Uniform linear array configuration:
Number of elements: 16
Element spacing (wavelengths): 1
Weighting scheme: hamming
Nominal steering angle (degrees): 30
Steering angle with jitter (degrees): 28.092
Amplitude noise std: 0.05
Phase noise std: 0.05

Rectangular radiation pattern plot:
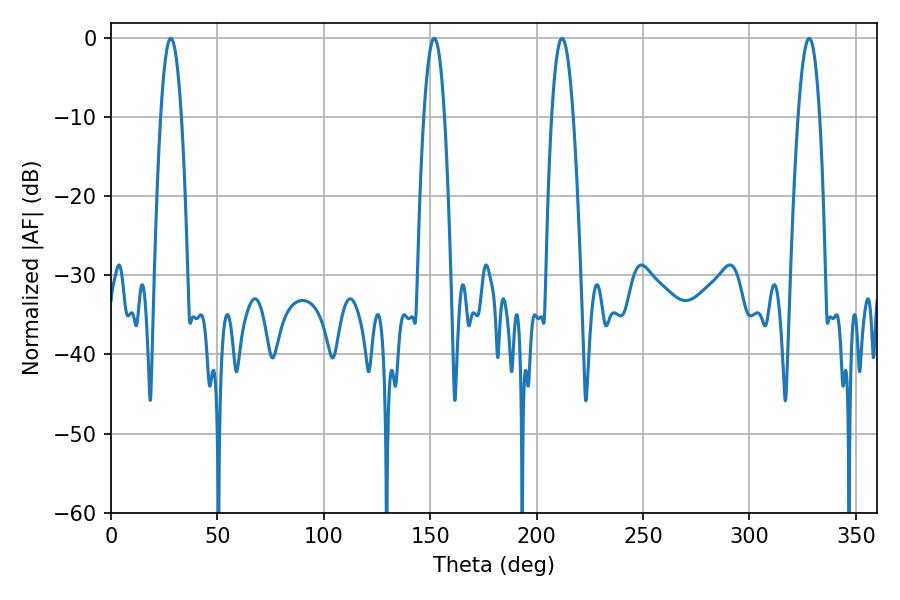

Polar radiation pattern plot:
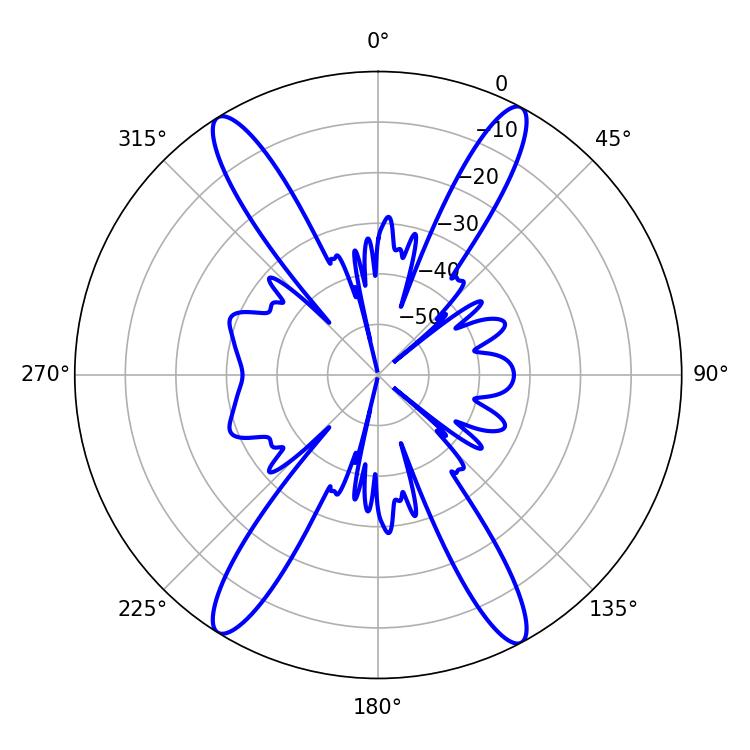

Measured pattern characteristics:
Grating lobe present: TRUE
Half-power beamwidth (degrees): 5.4
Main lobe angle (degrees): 28.08